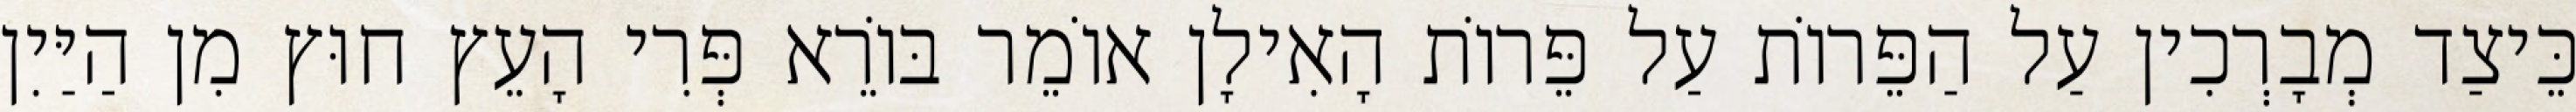
כֵּיצַד מְבָרְכִין עַל הַפֵּרוֹת עַל פֵּרוֹת הָאִילָן אוֹמֵר בּוֹרֵא פְּרִי הָעֵץ חוּץ מִן הַיַּיִן